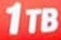
1TB